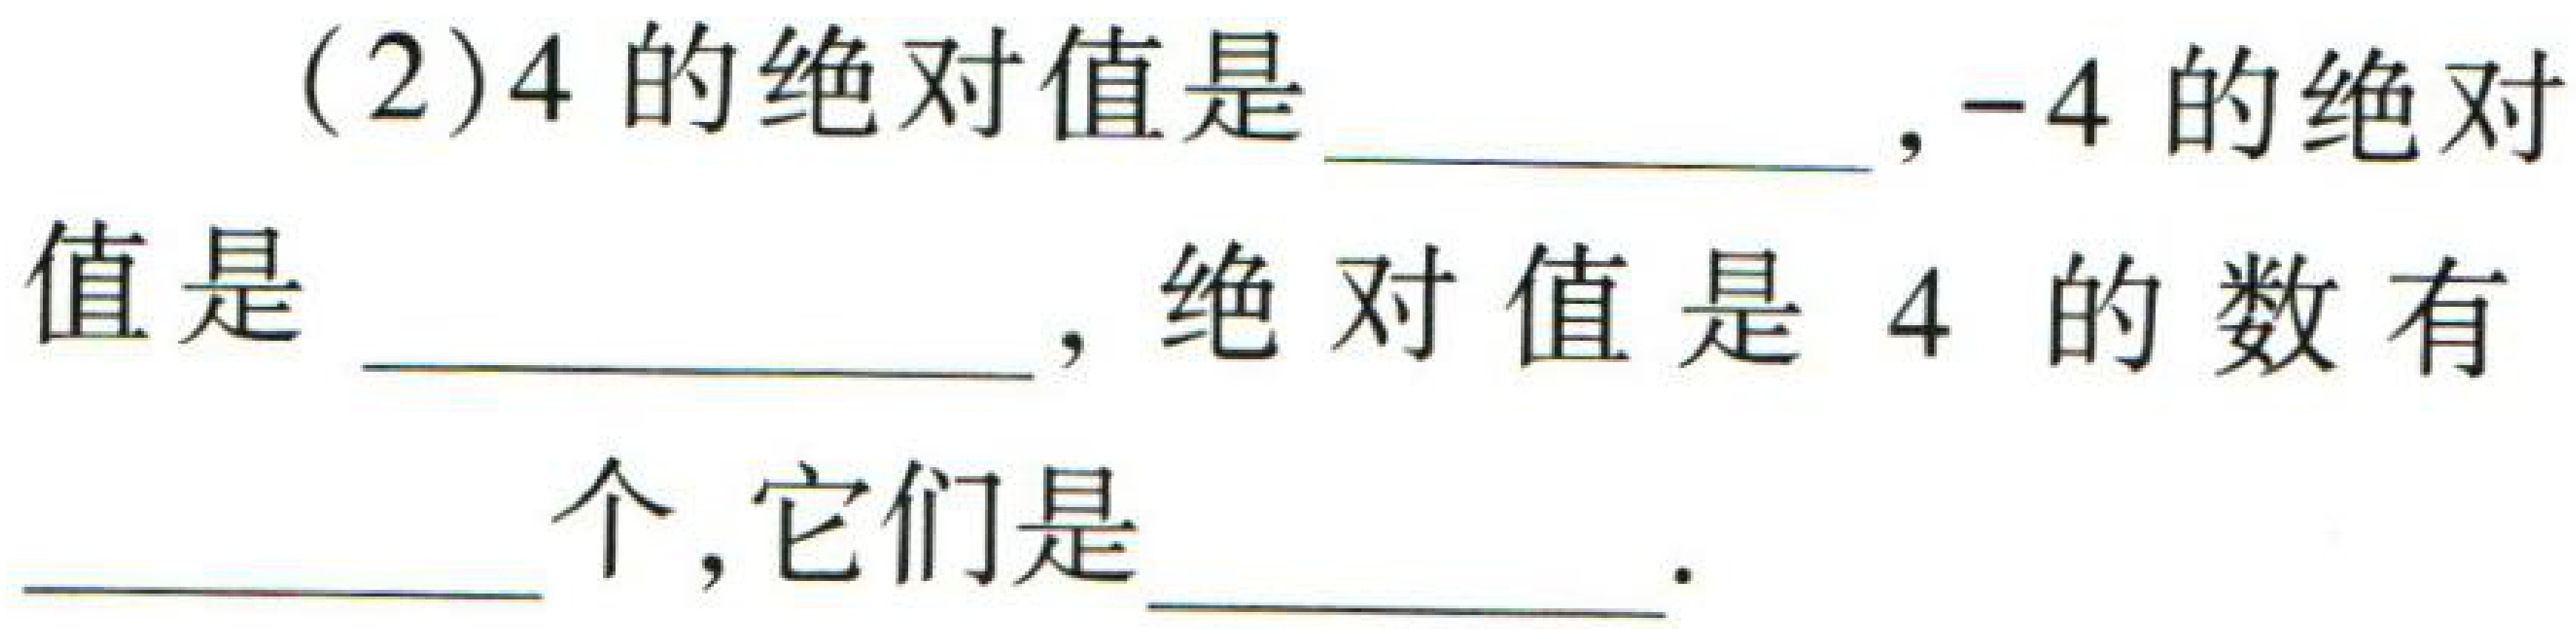
(2)$4$的绝对值是\underline{\qquad}，$-4$的绝对值是\underline{\qquad}，绝对值是$4$的数有\underline{\qquad}个，它们是\underline{\qquad}。